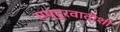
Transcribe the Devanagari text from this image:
राष्ट्रवादीशी